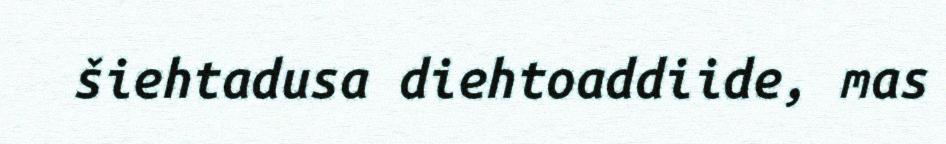
šiehtadusa diehtoaddiide, mas